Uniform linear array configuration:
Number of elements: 32
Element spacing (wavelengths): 0.75
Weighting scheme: exponential
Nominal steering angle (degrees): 0
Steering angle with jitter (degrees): -0.8593
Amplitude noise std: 0.05
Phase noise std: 0.05

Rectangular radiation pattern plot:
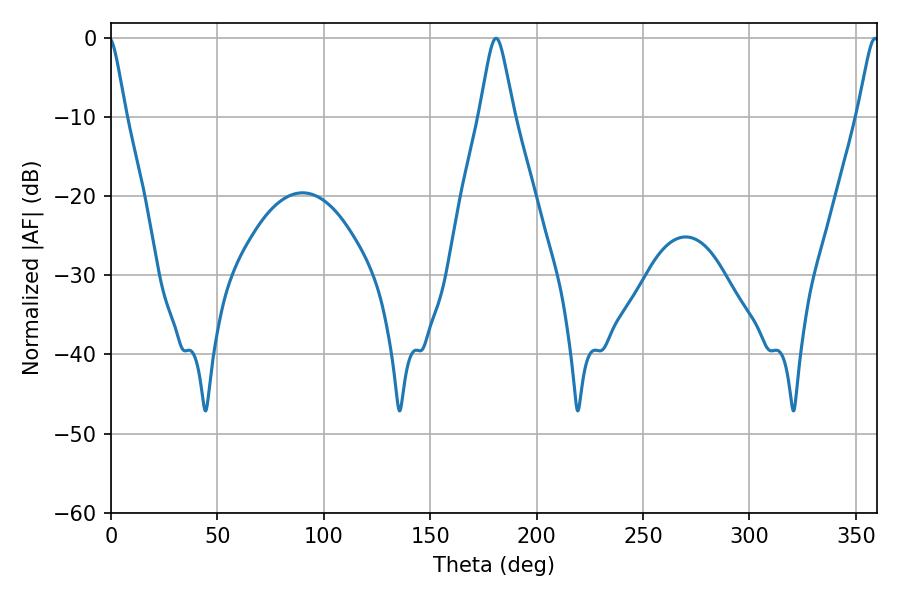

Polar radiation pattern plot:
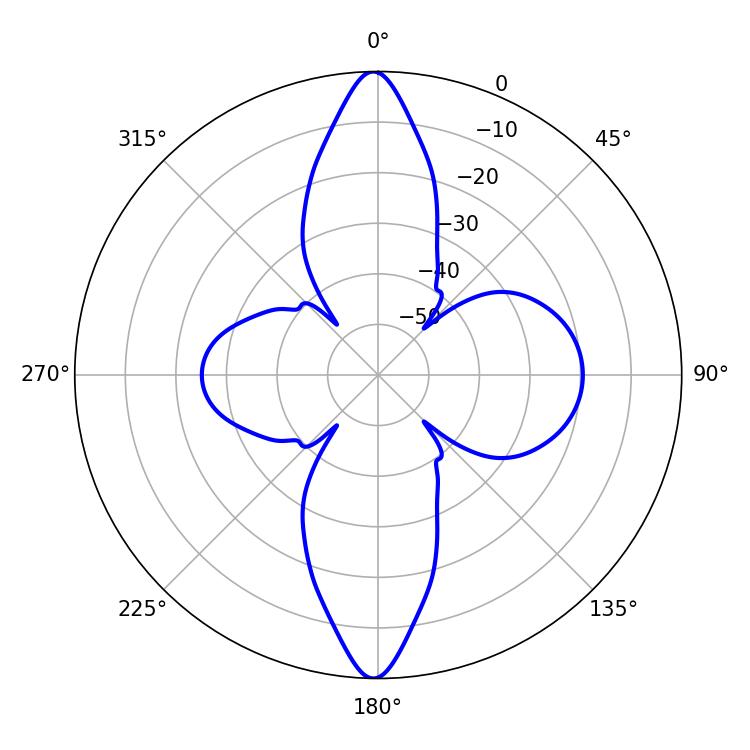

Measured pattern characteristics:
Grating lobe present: TRUE
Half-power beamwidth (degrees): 4.86
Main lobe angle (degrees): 359.1